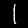
Label: 1